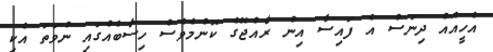
އެހީއެއް ދިނަސް އެ ފައިސާ އިން ރާއްޖޭގެ ކޮންމެވެސް ހިސާބެއްގައި ނުވަތަ އެކި